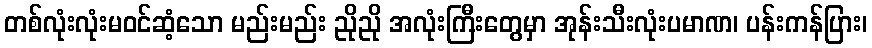
တစ်လုံးလုံးမဝင်ဆံ့သော မည်းမည်း ညိုညို အလုံးကြီးတွေမှာ အုန်းသီးလုံးပမာဏ၊ ပန်းကန်ပြား၊